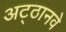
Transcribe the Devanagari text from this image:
अट्‍ठानवे